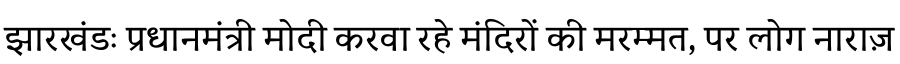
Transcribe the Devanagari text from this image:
झारखंडः प्रधानमंत्री मोदी करवा रहे मंदिरों की मरम्मत, पर लोग नाराज़